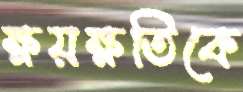
ক্ষয়ক্ষতিকে